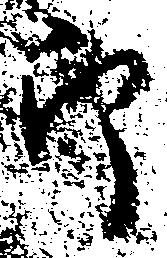
郎